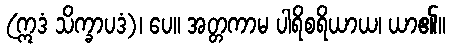
(ဣဒံ သိက္ခာပဒံ)၊ ပေ။ အတ္တကာမ ပါရိစရိယာယ၊ ယာ၏။